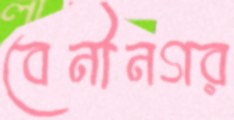
বেনীনগর